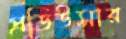
প্রডিউসার